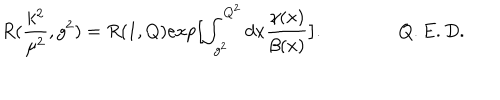
R ( \frac { k ^ { 2 } } { \mu ^ { 2 } } , g ^ { 2 } ) = R ( 1 , Q ) e x p \bigl [ \int _ { g ^ { 2 } } ^ { Q ^ { 2 } } d x \frac { \gamma ( x ) } { \beta ( x ) } \bigr ] . \qquad \qquad Q . E . D .